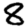
Digit: 8